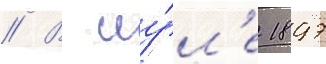
// В иу́л'е 1897